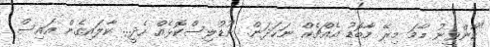
"ކާންވީނު މާމަ މިރޭ މާބޮޑު އެއްޗެއް ނަހަދަން. ނޫޑުލިސްކޮޅެއް ހެދީ... ކާލައިގެން އައިސް